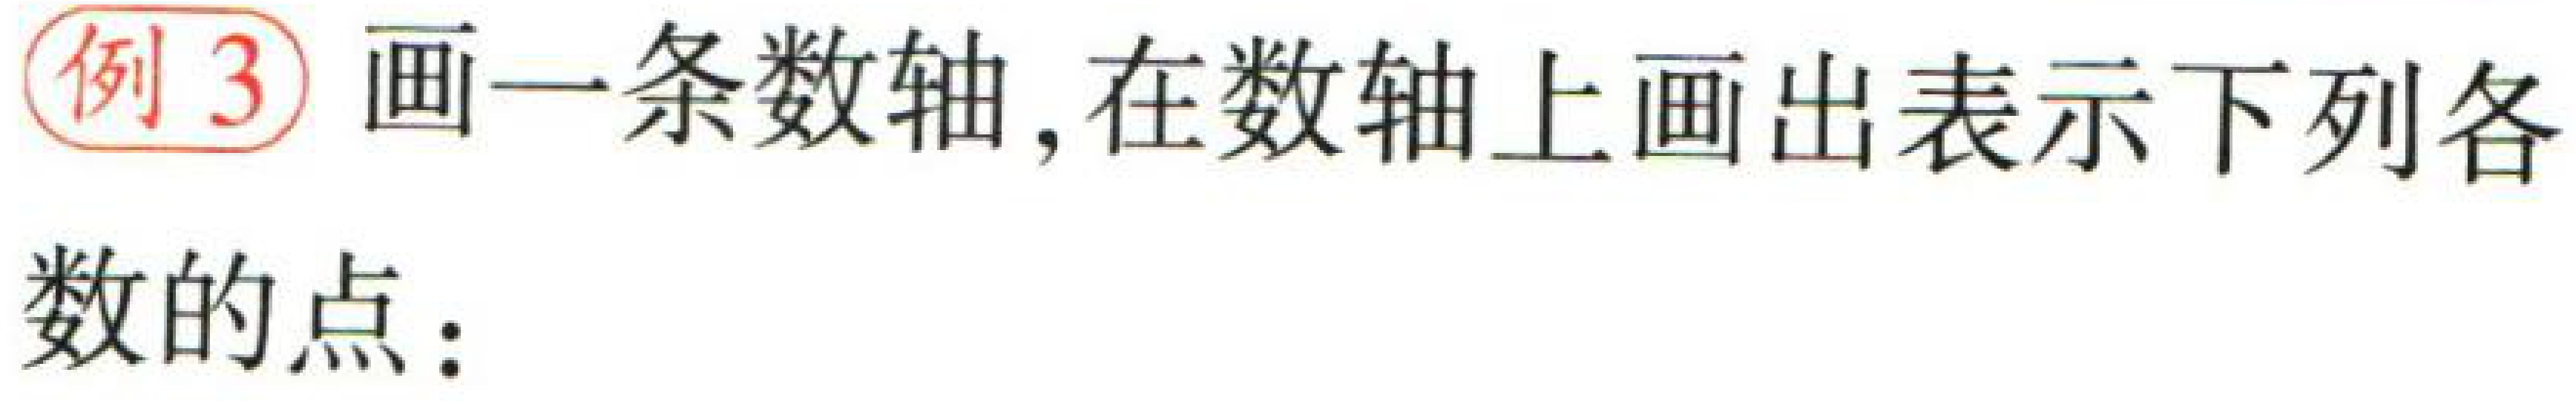
例3 画一条数轴,在数轴上画出表示下列各
数的点: